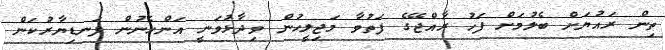
ތިން ރައުޔަށް ބެލުމަށް ފަހު ރާއްޖޭގެ ފަތުވާ މަޖިލީހުން ވިދާޅުވަނީ އަންހެނުން ފަނޑިޔާރުކަން